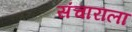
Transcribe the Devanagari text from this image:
संचाराला